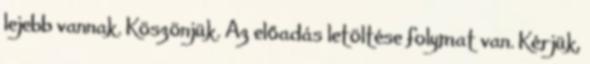
lejebb vannak. Köszönjük. Az előadás letöltése folymat van. Kérjük,